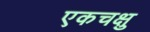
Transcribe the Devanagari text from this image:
एकचक्षु